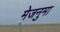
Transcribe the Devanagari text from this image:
मेजनुमा